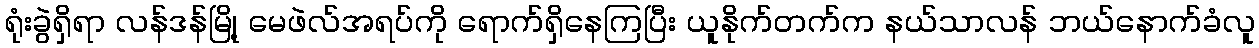
ရုံးခွဲရှိရာ လန်ဒန်မြို့ မေဖဲလ်အရပ်ကို ရောက်ရှိနေကြပြီး ယူနိုက်တက်က နယ်သာလန် ဘယ်နောက်ခံလူ